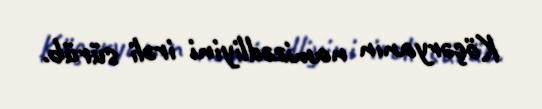
Köçəryanın namizədliyini irəli sürüb.